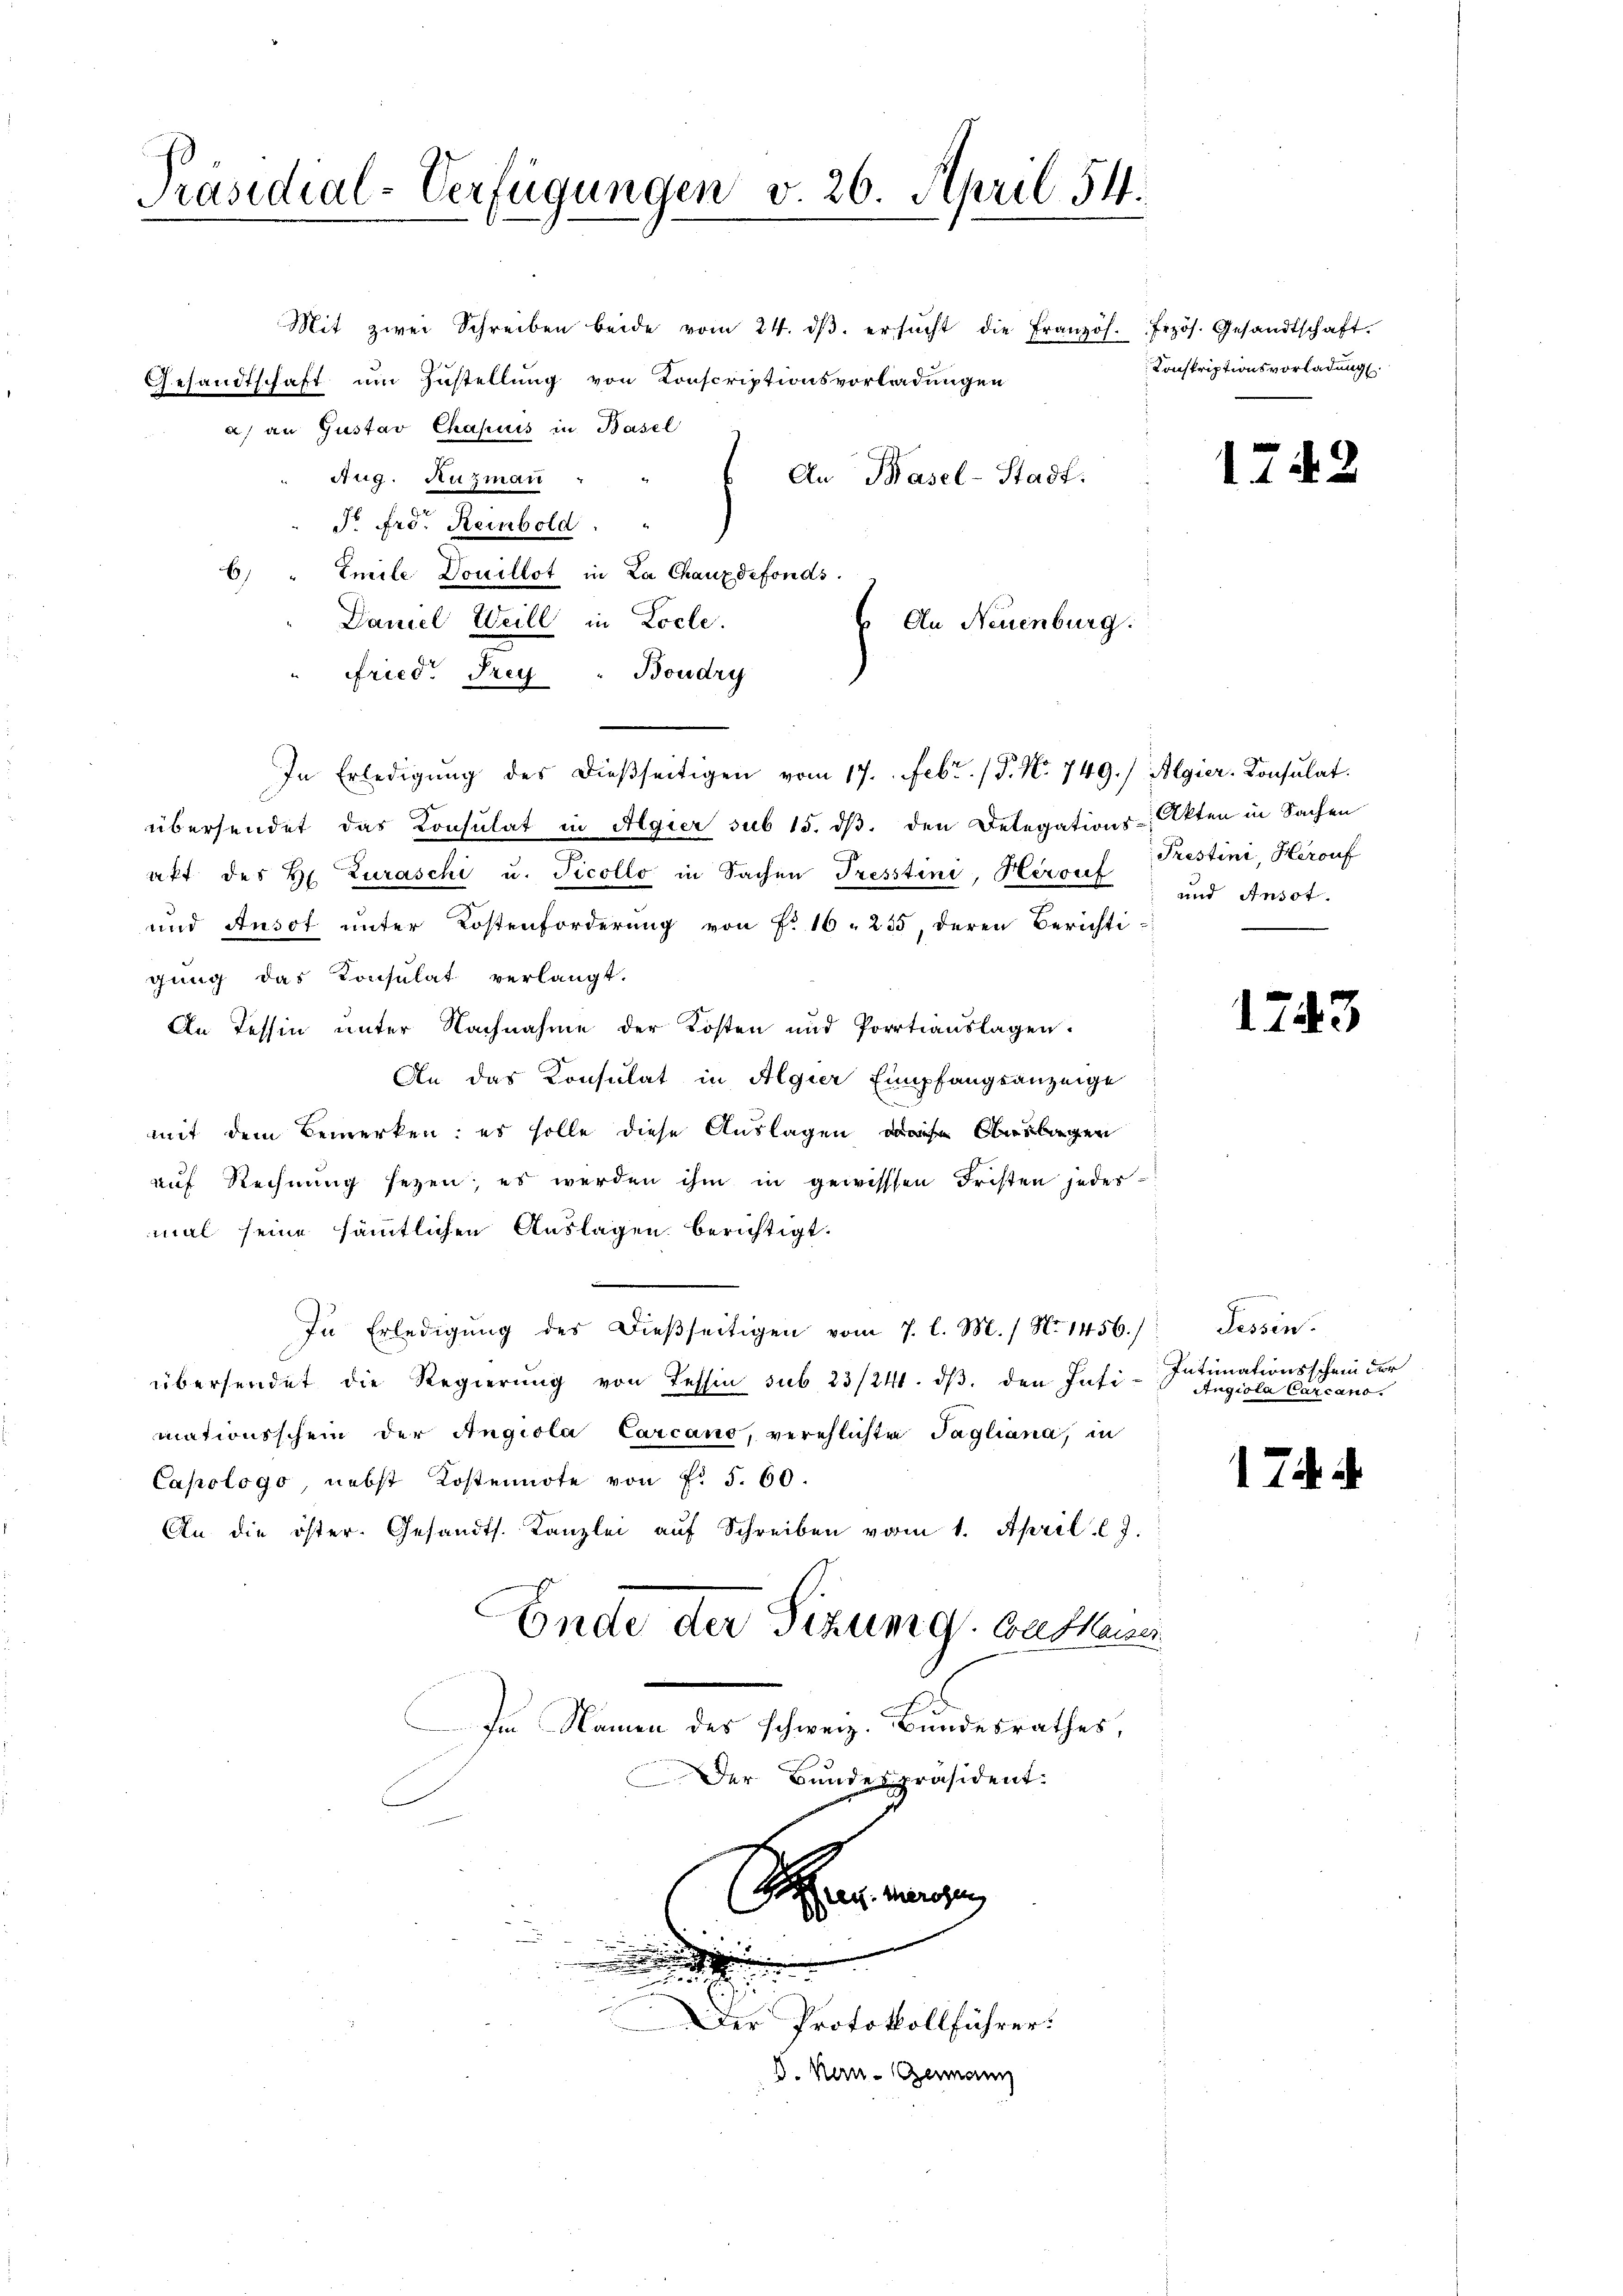
Präsidial-Verfügungen v. 26. April 54.

Mit zwei Schreiben beide vom 24. dβ. ersŭcht die Französ. Frzös. Gesandtschaft.
Gesandtschaft um Zustellung von Konscriptionsvorladungen
a) an Gustav Chapuis in Basel
An Basel-Stadt.
Aug. Nuzmann
So fro. Reinbold. "
6)
Emile Douillat in La Chauxdefonds.
Daniel Weill in Locle.
An Neuenburg.
" Fried. Frey " Boudry
In Erledigung des dießseitigen vom 17. Febr. 15. No. 749./ Algier-Consulat
übersendet das Consulat in Algier sub 15. dβ. den Delegations-Akten in Sachen
akt des H. Zuraschi u. Ficollo in Sachen Tresstini, Herouf
und Ausot unter Kostenforderung von F. 16. 235, deren Berichti-
gung das Konsulat verlangt.
An Tessin unter Nachnahme der Kosten und Porrtiauslagen.
An das Konsulat in Algier Empfangsanzeige
mit dem Bemerken: es solle diese Auslagen Auslagen
auf Rechnung seyen, es werden ihm in gewissen Fristen jedes
mal seine sämmtlichen Auslagen berichtigt.
In Erledigung des dießseitigen vom 7. l. M. / No 1456.)
übersendet die Regierŭng von Tessin sub 23/24. dβ. den Inti-
mationsschein der Angiola Carcano, verehlichte Tagliana, in
Capologo nebst Kostennote von Fr. 5. 60.
An die öster. Gesandts. Kanzlei aŭf Schreiben vom 1. April l. J.
Ende der Sizung bethanen
Im Namen des schweiz. Bundesrathes,
Der Bundespräsident:
 ich wegen

s
|
.
t
Der Protokollführer.
V. Hen-Germann

Konskriptionsvorladung

1742

Prestini, Herauf
und Ansot.

1243

dessen.
Intimationsschein der
Angiola Carcano.

17